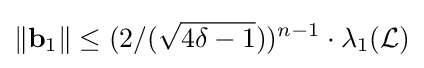
\Vert \mathbf {b} _{1}\Vert \leq (2/({\sqrt {4\delta -1}}))^{n-1}\cdot \lambda _{1}({\mathcal {L}})